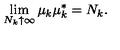
\lim _ { N _ { k } \uparrow \infty } \mu _ { k } \mu _ { k } ^ { \ast } = N _ { k } .